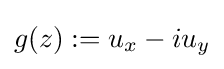
g(z):=u_{x}-iu_{y}